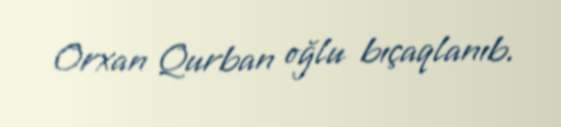
Orxan Qurban oğlu bıçaqlanıb.